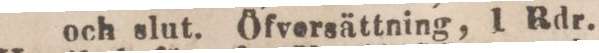
och slut. Öfversättning, 1 Rdr.